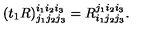
( t _ { 1 } R ) _ { j _ { 1 } j _ { 2 } j _ { 3 } } ^ { i _ { 1 } i _ { 2 } i _ { 3 } } = R _ { i _ { 1 } j _ { 2 } j _ { 3 } } ^ { j _ { 1 } i _ { 2 } i _ { 3 } } .